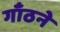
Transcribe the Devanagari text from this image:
गाँठने